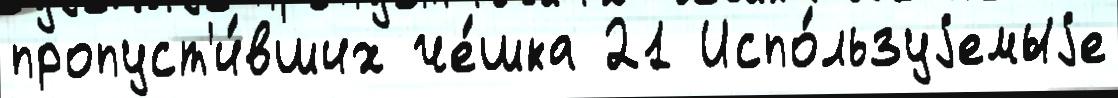
пропуст'и́вших че́шка 21 Испо́льзуjемыjе